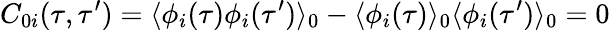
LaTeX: {}C_{0i}(\tau,\tau^{\prime})=\langle\phi_{i}(\tau)\phi_{i}(\tau^{\prime})\rangle_{0}-\langle\phi_{i}(\tau)\rangle_{0}\langle\phi_{i}(\tau^{\prime})\rangle_{0}=0